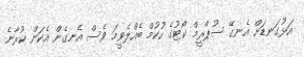
އަޅުގަނޑަށް އެނގޭ ސުޕްރީމް ކޯޓުގެ ހުކުމް ބެއްލެވީމަ ވެސް އެނގެން އެކަން ކުރާނެ